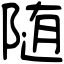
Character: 随